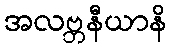
အလဗ္ဘနီယာနိ